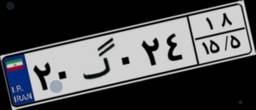
۶۰گ۲۳۱۹۵